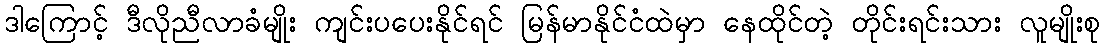
ဒါကြောင့် ဒီလိုညီလာခံမျိုး ကျင်းပပေးနိုင်ရင် မြန်မာနိုင်ငံထဲမှာ နေထိုင်တဲ့ တိုင်းရင်းသား လူမျိုးစု